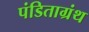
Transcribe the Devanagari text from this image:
पंडिताग्रंथ